Problem: 2 × 3 = ?
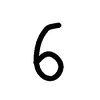
Handwritten answer: 6